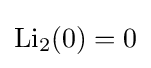
\operatorname {Li} _{2}(0)=0